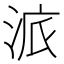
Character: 𱦩